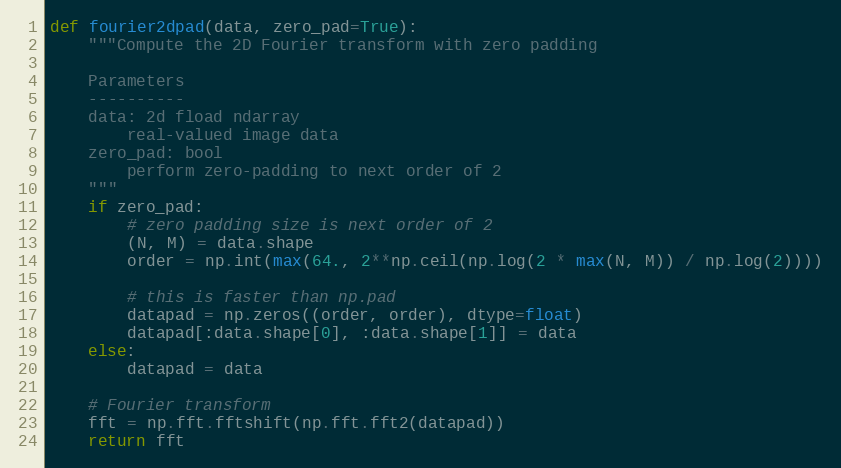
Language: Python
def fourier2dpad(data, zero_pad=True):
    """Compute the 2D Fourier transform with zero padding

    Parameters
    ----------
    data: 2d fload ndarray
        real-valued image data
    zero_pad: bool
        perform zero-padding to next order of 2
    """
    if zero_pad:
        # zero padding size is next order of 2
        (N, M) = data.shape
        order = np.int(max(64., 2**np.ceil(np.log(2 * max(N, M)) / np.log(2))))

        # this is faster than np.pad
        datapad = np.zeros((order, order), dtype=float)
        datapad[:data.shape[0], :data.shape[1]] = data
    else:
        datapad = data

    # Fourier transform
    fft = np.fft.fftshift(np.fft.fft2(datapad))
    return fft